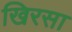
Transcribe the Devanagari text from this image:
खिरसा